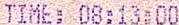
TIME: 08:13:00